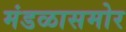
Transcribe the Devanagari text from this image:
मंडळासमोर